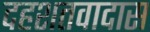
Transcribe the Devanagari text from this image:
दहशतवादास